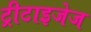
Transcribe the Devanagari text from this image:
ट्रीटाइजेज